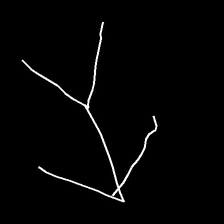
Glyph: gather